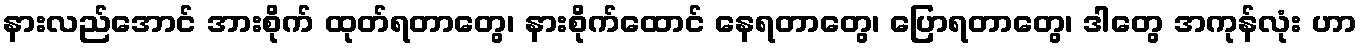
နားလည်အောင် အားစိုက် ထုတ်ရတာတွေ၊ နားစိုက်ထောင် နေရတာတွေ၊ ပြောရတာတွေ၊ ဒါတွေ အကုန်လုံး ဟာ